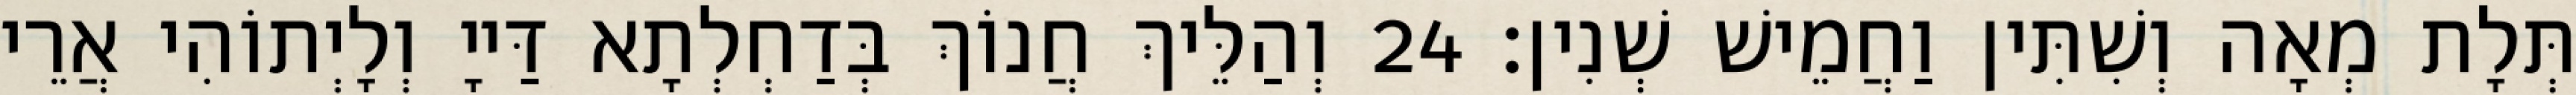
תְּלָת מְאָה וְשִׁתִּין וַחֲמֵישׁ שְׁנִין׃ 24 וְהַלֵּיךְ חֲנוֹךְ בְּדַחְלְתָא דַּייָ וְלָיְתוֹהִי אֲרֵי